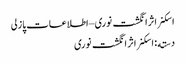
اسکنر اثر انگشت نوری – اطلاعات پازلی
دسته: اسکنر اثر انگشت نوری